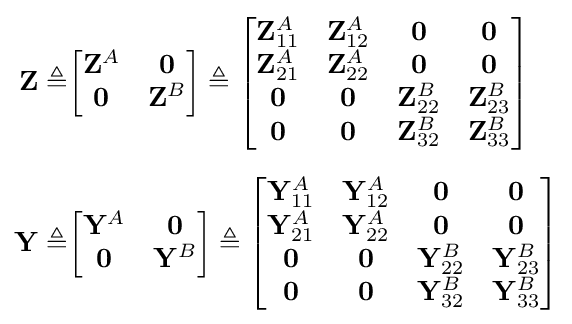
{\begin{aligned}\mathbf {Z} \triangleq &{\begin{bmatrix}\mathbf {Z} ^{A}&\mathbf {0} \\\mathbf {0} &\mathbf {Z} ^{B}\end{bmatrix}}\triangleq {\begin{bmatrix}\mathbf {Z} _{11}^{A}&\mathbf {Z} _{12}^{A}&\mathbf {0} &\mathbf {0} \\\mathbf {Z} _{21}^{A}&\mathbf {Z} _{22}^{A}&\mathbf {0} &\mathbf {0} \\\mathbf {0} &\mathbf {0} &\mathbf {Z} _{22}^{B}&\mathbf {Z} _{23}^{B}\\\mathbf {0} &\mathbf {0} &\mathbf {Z} _{32}^{B}&\mathbf {Z} _{33}^{B}\\\end{bmatrix}}\\[6pt]\mathbf {Y} \triangleq &{\begin{bmatrix}\mathbf {Y} ^{A}&\mathbf {0} \\\mathbf {0} &\mathbf {Y} ^{B}\end{bmatrix}}\triangleq {\begin{bmatrix}\mathbf {Y} _{11}^{A}&\mathbf {Y} _{12}^{A}&\mathbf {0} &\mathbf {0} \\\mathbf {Y} _{21}^{A}&\mathbf {Y} _{22}^{A}&\mathbf {0} &\mathbf {0} \\\mathbf {0} &\mathbf {0} &\mathbf {Y} _{22}^{B}&\mathbf {Y} _{23}^{B}\\\mathbf {0} &\mathbf {0} &\mathbf {Y} _{32}^{B}&\mathbf {Y} _{33}^{B}\\\end{bmatrix}}\end{aligned}}